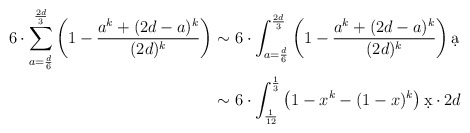
\begin{align*} 6 \cdot \sum_{a=\frac d6}^{\frac{2d}{3}}\left(1- \frac{ a^k + (2d-a)^k}{(2d)^k} \right) & \sim 6\cdot \int_{ a=\frac d{6}}^{\frac{2d}3} \left(1- \frac{ a^k + (2d-a)^k}{(2d)^k} \right) \d a\\ & \sim 6\cdot \int_{ \frac 1{12}}^{\frac13} \left( 1-x^k-(1-x)^k \right) \d x \cdot 2d \end{align*}